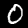
Label: 0